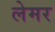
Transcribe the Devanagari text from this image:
लेमर